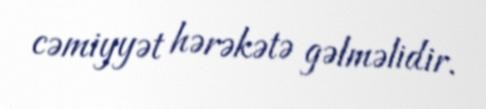
cəmiyyət hərəkətə gəlməlidir.